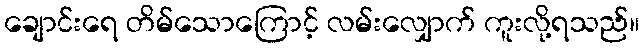
ချောင်းရေ တိမ်သောကြောင့် လမ်းလျှောက် ကူးလို့ရသည်။